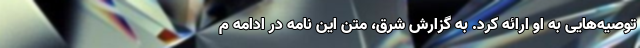
توصیه‌هایی به او ارائه کرد. به گزارش شرق، متن این نامه در ادامه م